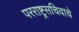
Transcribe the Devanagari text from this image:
परराष्ट्रसचिवाचे